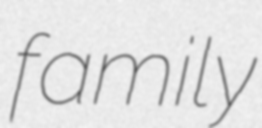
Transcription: family